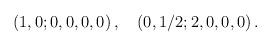
LaTeX: \begin{align*}(1,0;0,0,0,0) \, , \quad (0, 1/2;2,0,0,0) \, .\end{align*}